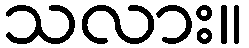
သလား။